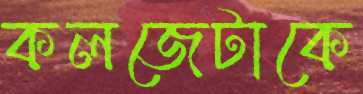
কলজেটাকে